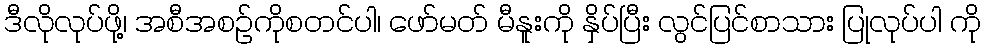
ဒီလိုလုပ်ဖို့၊ အစီအစဉ်ကိုစတင်ပါ၊ ဖော်မတ် မီနူးကို နှိပ်ပြီး လွင်ပြင်စာသား ပြုလုပ်ပါ ကို